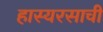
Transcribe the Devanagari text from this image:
हास्यरसाची